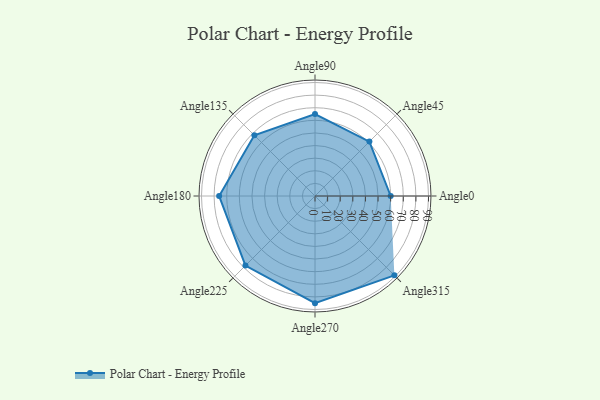
{"axis": {"x": "Angle", "y": "Radius"}, "legend": [""], "data": [{"x": "Angle0", "y": 60.0, "type": ""}, {"x": "Angle45", "y": 61.0, "type": ""}, {"x": "Angle90", "y": 65.0, "type": ""}, {"x": "Angle135", "y": 68.0, "type": ""}, {"x": "Angle180", "y": 76.0, "type": ""}, {"x": "Angle225", "y": 78.0, "type": ""}, {"x": "Angle270", "y": 85.0, "type": ""}, {"x": "Angle315", "y": 89.0, "type": ""}]}